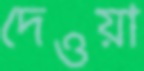
দেওয়া